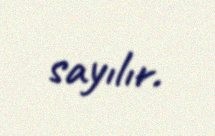
sayılır.